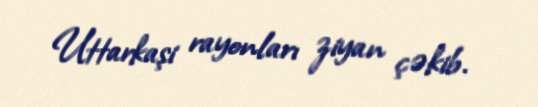
Uttarkaşi rayonları ziyan çəkib.